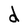
Character: d